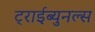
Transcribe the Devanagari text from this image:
ट्राईब्युनल्स